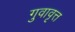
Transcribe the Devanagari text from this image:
गुवावृत्त